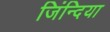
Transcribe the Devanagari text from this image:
जिंन्दिया